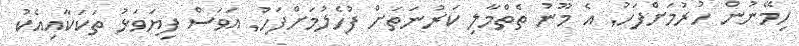
ހިމޭނުން ހުރުމަށްފަހު